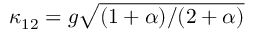
\kappa _ { 1 2 } = g \sqrt { ( 1 + \alpha ) / ( 2 + \alpha ) }